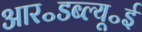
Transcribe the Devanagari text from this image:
आर॰डब्ल्यू॰ई